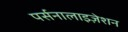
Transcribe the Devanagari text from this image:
पर्सनालाइज़ेशन